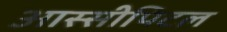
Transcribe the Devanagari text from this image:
आस्सीपिटल